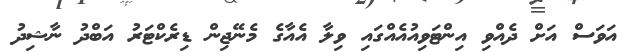
އަވަސް އަށް ދެއްވި އިންޓަވިއުއެއްގައި ވިލާ އެއާގެ މެނޭޖިން ޑިރެކްޓަރު އަބްދު ނާޝިދު